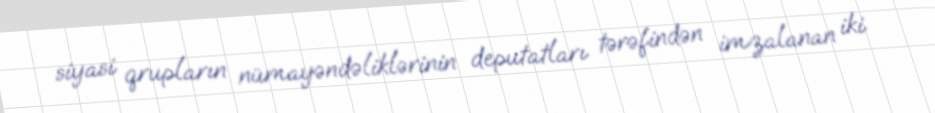
siyasi qrupların nümayəndəliklərinin deputatları tərəfindən imzalanan iki